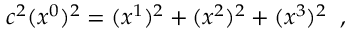
c ^ { 2 } ( x ^ { 0 } ) ^ { 2 } = ( x ^ { 1 } ) ^ { 2 } + ( x ^ { 2 } ) ^ { 2 } + ( x ^ { 3 } ) ^ { 2 } \; \; ,